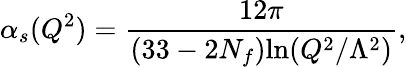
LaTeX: \alpha_{s}(Q^{2})=\frac{12\pi}{(33-2N_{f})\mathrm{ln}(Q^{2}/\Lambda^{2})},